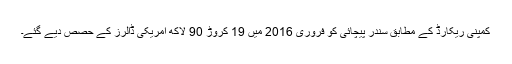
کمپنی ریکارڈ کے مطابق سندر پیچائی کو فروری 2016 میں 19 کروڑ 90 لاکھ امریکی ڈالرز کے حصص دیے گئے۔